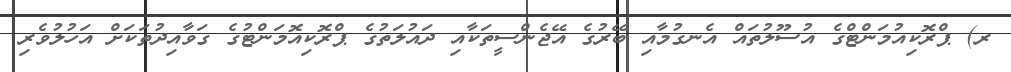
ރ) ޕްރޮކިއުމަންޓްގެ އުސޫލުތައް އެނގުމާއި ބޭރުގެ އޭޖެންސީތަކާއި ދައުލަތުގެ ޕްރޮކިއޮމަންޓުގެ ގަވާއިދުތަކަށް އަހުލުވެރި